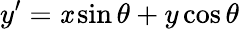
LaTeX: y^{\prime}=\mathit{x}\sin\theta+y\cos\theta